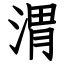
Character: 渭